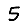
Digit: 5